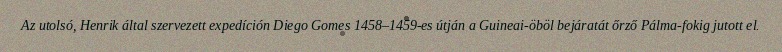
Az utolsó, Henrik által szervezett expedíción Diego Gomes 1458–1459-es útján a Guineai-öböl bejáratát őrző Pálma-fokig jutott el.